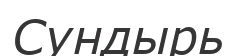
Сундырь